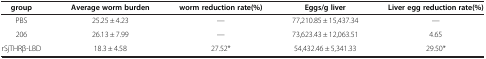
<table><thead><tr><td><b>group</b></td><td><b>Average worm burden</b></td><td><b>worm reduction rate(%)</b></td><td><b>Eggs/g liver</b></td><td><b>Liver egg reduction rate(%)</b></td></tr></thead><tbody><tr><td>PBS</td><td>25.25 ± 4.23</td><td>—</td><td>77,210.85 ± 15,437.34</td><td>—</td></tr><tr><td>206</td><td>26.13 ± 7.99</td><td>—</td><td>73,623.43 ± 12,063.51</td><td>4.65</td></tr><tr><td>rSjTHRβ-LBD</td><td>18.3 ± 4.58</td><td>27.52*</td><td>54,432.46 ± 5,341.33</td><td>29.50*</td></tr></tbody></table>